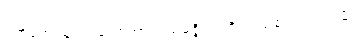
ပတိတေပန၊ ကျသော်ကား။ သမ္ပဇ္ဇိဿတိ၊ ပြည့်စုံလတံ့။ တမ္ပိ၊